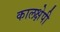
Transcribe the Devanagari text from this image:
कालक्षेपी